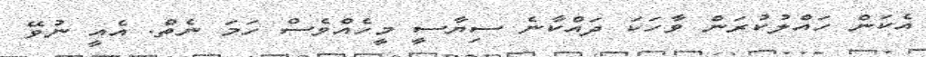
އެކަން ހައްލުކުރަން ވާހަކަ ދައްކާނެ ސިޔާސީ މީހެއްވެސް ހަމަ ނެތް. އެއީ ނުވޭ